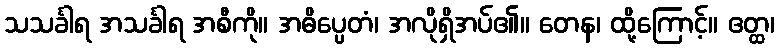
သသင်္ခါရ အသင်္ခါရ အစီကို။ အဓိပ္ပေတံ၊ အလိုရှိအပ်၏။ တေန၊ ထို့ကြောင့်။ ဧတ္ထ၊